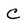
Character: C